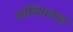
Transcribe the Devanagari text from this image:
अस्थिप्रवाह